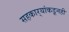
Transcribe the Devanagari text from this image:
सहकार्‍यांकडूनही